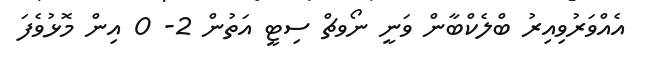
އެއްވަރުވިއިރު ބްލެކްބާން ވަނީ ނޯވޗް ސިޓީ އަތުން 2- 0 އިން މޮޅުވެފަ